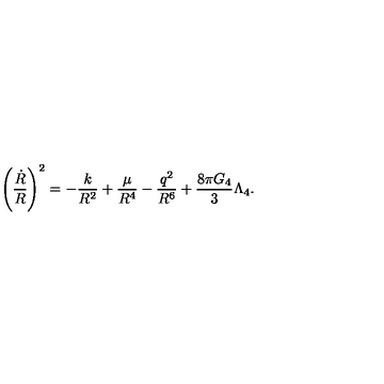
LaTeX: \left( \frac { \dot { R } } { R } \right) ^ { 2 } = - \frac { k } { R ^ { 2 } } + \frac { \mu } { R ^ { 4 } } - \frac { q ^ { 2 } } { R ^ { 6 } } + \frac { 8 \pi G _ { 4 } } { 3 } \Lambda _ { 4 } .